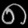
Digit: ၈